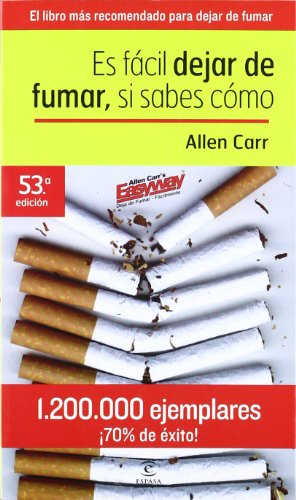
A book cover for Es Facil Dejar de Fumar Si Sabes Como (Spanish Edition); Allen Carr; Health, Fitness & Dieting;